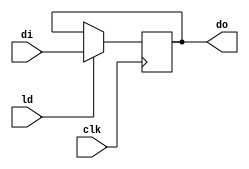
// an 8-Bit register
//
// 
//  Truth Table:
// 
//                 CLK LD | Operation
//               -----------+------------
//                  ^   L   | Hold
//                  ^   H   | Load
// 
`timescale 1 ns / 1 ns // timescale for following modules

module rg8l (di,
   ld,
   do,
   clk);
input   [7:0] di; //  Data input

input   ld; //  load

output  [7:0] do; //  Data output

input   clk; //  clock input

wire    [7:0] do; 
// ---------------------------------------------------------------------------
// 
//   Architecture body
// 
// ---------------------------------------------------------------------------
reg     [7:0] ido; //  Internal data output
// ---------------------------------------------------------------------------
// 
//      Process: ff1
// 
//   Parameters: NONE
// 
//  Description: This process implements d-flip flops.
// 
// ---------------------------------------------------------------------------
assign do = ido; 
//  Buffer data output
always @(posedge clk)
   begin : ff1
   if (ld == 1'b 1)
      begin
      ido <= di;
      end
   end

endmodule // module rg8l